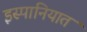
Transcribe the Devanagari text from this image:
इस्पानियात